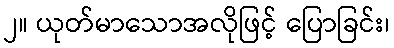
၂။ ယုတ်မာသောအလိုဖြင့် ပြောခြင်း၊